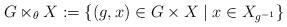
LaTeX: \begin{align*}G \ltimes_\theta X := \{ (g, x) \in G\times X\mid x\in X_{g^{-1}}\}\end{align*}